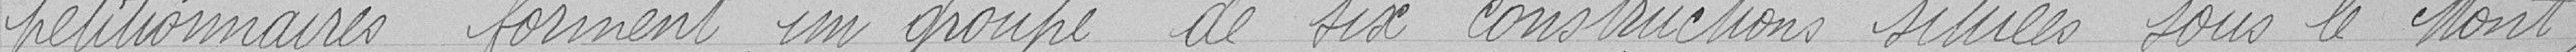
pétitionnaires forment un groupe de six constructions situées sous le Mont